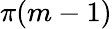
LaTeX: \pi(m-1)